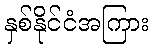
နှစ်နိုင်ငံအကြား